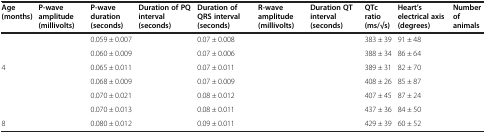
<table><thead><tr><td><b>Age (months)</b></td><td><b>P-wave amplitude (millivolts)</b></td><td><b>P-wave duration (seconds)</b></td><td><b>Duration of PQ interval (seconds)</b></td><td><b>Duration of QRS interval (seconds)</b></td><td><b>R-wave amplitude (millivolts)</b></td><td><b>Duration QT interval (seconds)</b></td><td><b>QTc ratio (ms/√s)</b></td><td><b>Heart’s electrical axis (degrees)</b></td><td><b>Number of animals</b></td></tr></thead><tbody><tr><td>[EMPTY_CELL]</td><td>[EMPTY_CELL]</td><td>0.059 ± 0.007</td><td>[EMPTY_CELL]</td><td>0.07 ± 0.008</td><td>[EMPTY_CELL]</td><td>[EMPTY_CELL]</td><td>383 ± 39</td><td>91 ± 48</td><td>[EMPTY_CELL]</td></tr><tr><td>[EMPTY_CELL]</td><td>[EMPTY_CELL]</td><td>0.060 ± 0.009</td><td>[EMPTY_CELL]</td><td>0.07 ± 0.006</td><td>[EMPTY_CELL]</td><td>[EMPTY_CELL]</td><td>388 ± 34</td><td>86 ± 64</td><td>[EMPTY_CELL]</td></tr><tr><td>4</td><td>[EMPTY_CELL]</td><td>0.065 ± 0.011</td><td>[EMPTY_CELL]</td><td>0.07 ± 0.011</td><td>[EMPTY_CELL]</td><td>[EMPTY_CELL]</td><td>389 ± 31</td><td>82 ± 70</td><td>[EMPTY_CELL]</td></tr><tr><td>[EMPTY_CELL]</td><td>[EMPTY_CELL]</td><td>0.068 ± 0.009</td><td>[EMPTY_CELL]</td><td>0.07 ± 0.009</td><td>[EMPTY_CELL]</td><td>[EMPTY_CELL]</td><td>408 ± 26</td><td>85 ± 87</td><td>[EMPTY_CELL]</td></tr><tr><td>[EMPTY_CELL]</td><td>[EMPTY_CELL]</td><td>0.070 ± 0.021</td><td>[EMPTY_CELL]</td><td>0.08 ± 0.012</td><td>[EMPTY_CELL]</td><td>[EMPTY_CELL]</td><td>407 ± 45</td><td>87 ± 24</td><td>[EMPTY_CELL]</td></tr><tr><td>[EMPTY_CELL]</td><td>[EMPTY_CELL]</td><td>0.070 ± 0.013</td><td>[EMPTY_CELL]</td><td>0.08 ± 0.011</td><td>[EMPTY_CELL]</td><td>[EMPTY_CELL]</td><td>437 ± 36</td><td>84 ± 50</td><td>[EMPTY_CELL]</td></tr><tr><td>8</td><td>[EMPTY_CELL]</td><td>0.080 ± 0.012</td><td>[EMPTY_CELL]</td><td>0.09 ± 0.011</td><td>[EMPTY_CELL]</td><td>[EMPTY_CELL]</td><td>429 ± 39</td><td>60 ± 52</td><td>[EMPTY_CELL]</td></tr></tbody></table>